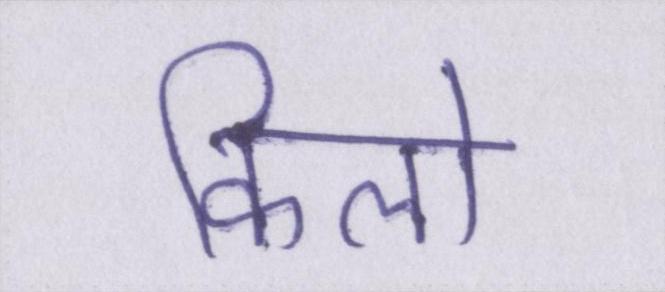
किलो